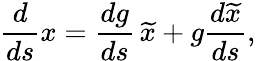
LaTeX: \frac{d}{ds}x=\frac{dg}{ds}\, \widetilde{x}+g\frac{d\widetilde{x}}{ds},